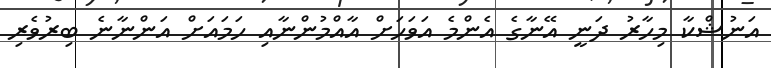
އަނުޝްކާ މިހާރު ދަނީ އޭނާގެ އެންމެ އަވަހަށް އާއްމުންނާއި ހަމައަށް އަންނާނެ ބިރުވެރި